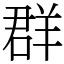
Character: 群